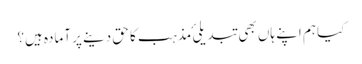
کیا ہم اپنے ہاں بھی تبدیلیٔ مذہب کا حق دینے پر آمادہ ہیں؟